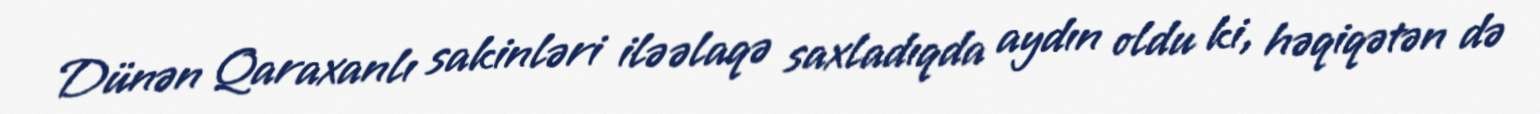
Dünən Qaraxanlı sakinləri ilə əlaqə saxladıqda aydın oldu ki, həqiqətən də